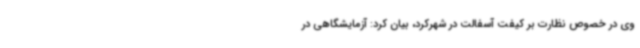
وی در خصوص نظارت بر کیفت آسفالت در شهرکرد، بیان کرد: آزمایشگاهی در